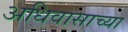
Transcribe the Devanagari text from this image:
अधिवासाच्या